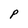
Character: P